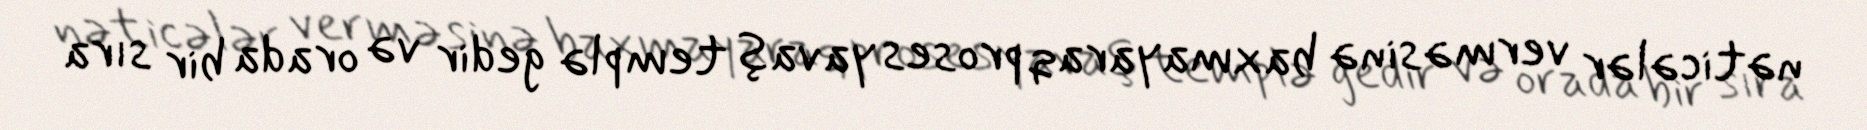
nəticələr verməsinə baxmayaraq proses yavaş templə gedir və orada bir sıra